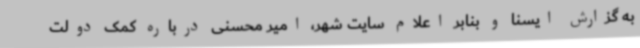
به گزارش ایسنا و بنابر اعلام سایت شهر، امیر محسنی درباره کمک دولت